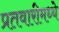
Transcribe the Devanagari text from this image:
प्रतवारीमध्ये